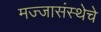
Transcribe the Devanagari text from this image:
मज्जासंस्थेचे